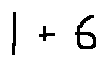
1 + 6